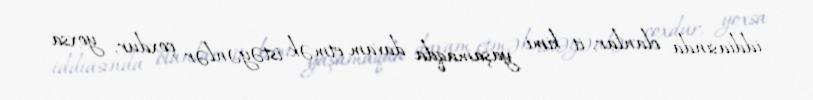
iddiasında olanlar, it kimi yaşamaqda davam etmək istəyənlər çoxdur, yoxsa